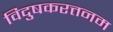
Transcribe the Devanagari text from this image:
विदुषकरत्तनम